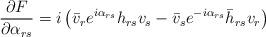
LaTeX: \begin{align*}\frac{\partial F}{\partial \alpha_{rs}} = i \left(\bar v_r e^{i \alpha_{rs}}h_{rs} v_s - \bar v_s e^{-i\alpha_{rs}}\bar h_{rs} v_r\right)\end{align*}